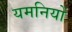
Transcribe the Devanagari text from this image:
यमनियों